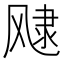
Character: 𲋑